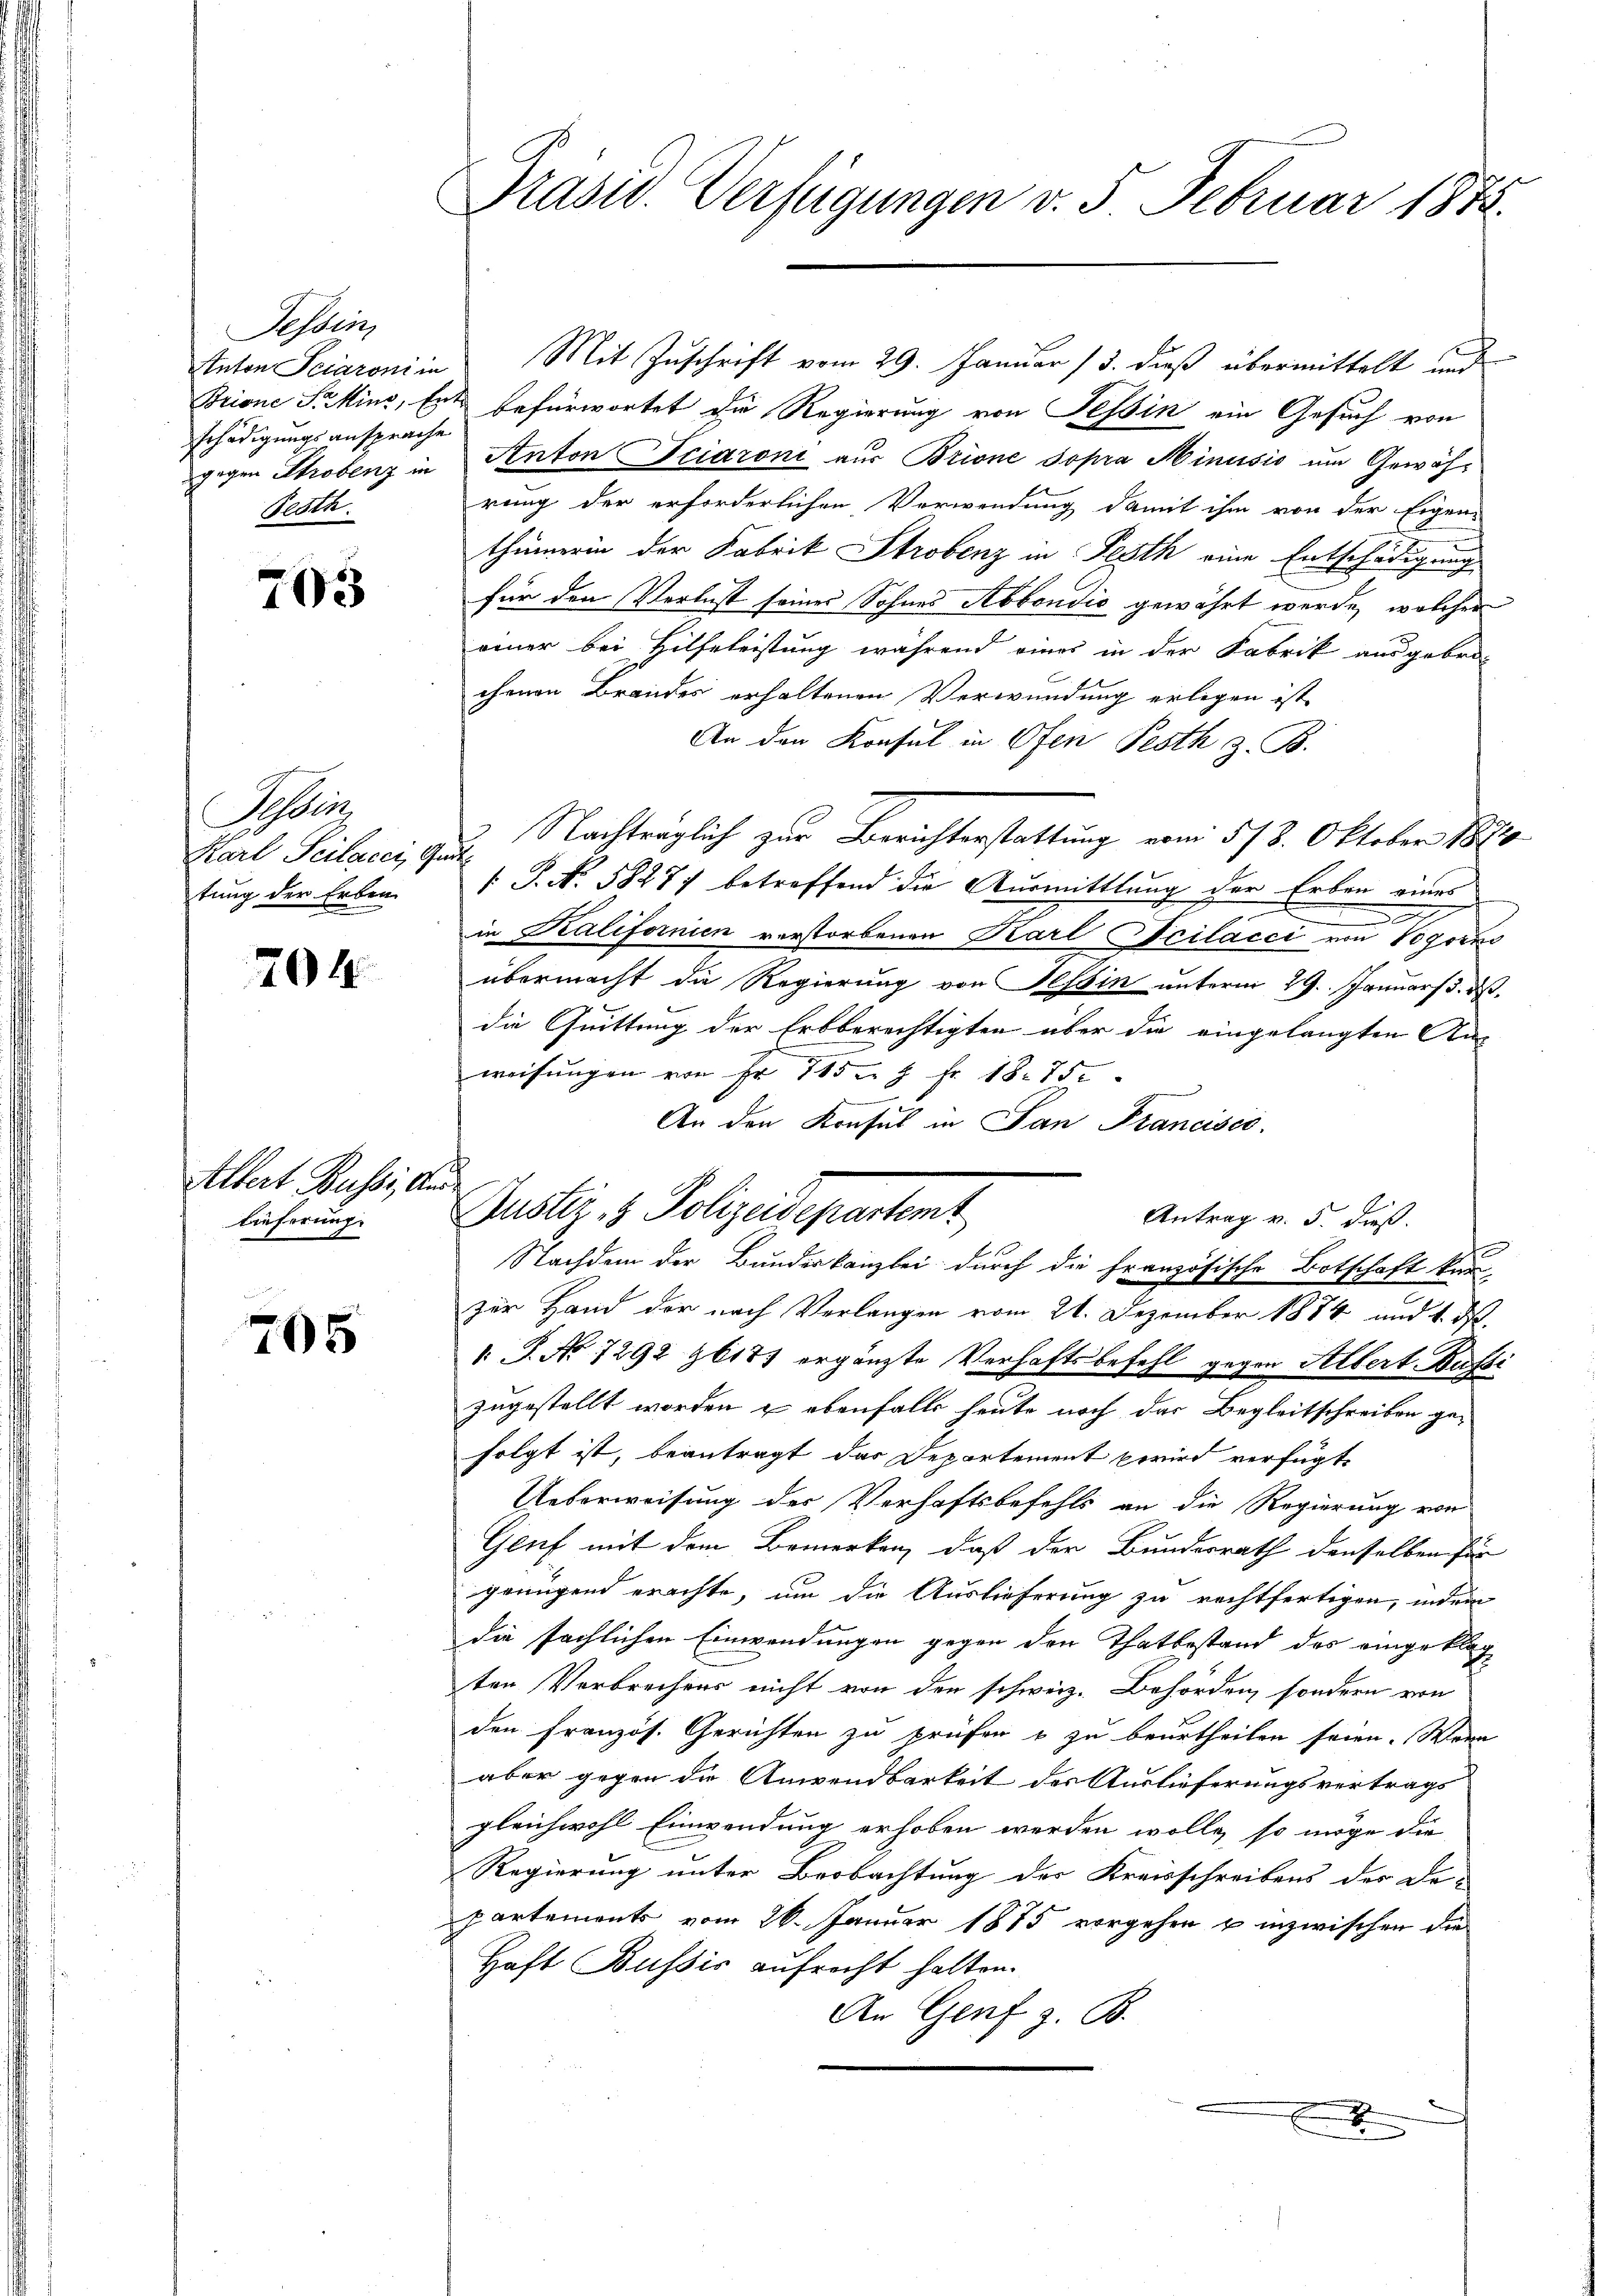
Tessin,
Anton Seiaroni in
Echädigungsansprache
gegen Strobenz in
Festh

703

Tessin,
Karl Peilacer, Garte
tung der Erben.

704

Albert Bussi, Aus
lieferung.

705

Präsid. Verfügungen v. 5. Februar 1873.

Mit Zuschrift vom 29. Januar 13. dieß übermittelt und
Brione Frikins, Ent befürwortet die Regierung von Tessin ein Gesuch von
Anton Teigroni aus Brione sopra Minusis um Gewährung der erforderlichen Verwendung damit ihm von der Eigen-
thümerin der Fabrik Strobenz in Festh eine Entschädigung
für den Verlust seines Sohnes Abbondić gewährt werde, welcher
einer bei Hilfeleistung während eines in der Fabrik ausgebro-
chenen Brandes erhaltenen Verwundung erlegen ist,
An den Konsul in Ofen Pesth z. B.
Nachträglich zur Berichterstattung vom 5/8. Oktober 1810
1 P. N. 5827) betreffend die Ausmittlung der Erben eines

in Kalifornien verstorbenen Karl Scilacci von 10 gen
übermacht die Regierung von Tessin unterm 29. Januars d. d.
die Quittung der Erbberechtigten über die eingelangten An-
weisungen von Fr. 785 n 2 Fr. 18. 75
An den Konsul in San Francisco
Antrag v. 5. dieß.
Nachdem der Bundeskanzlei durch die Französische Botschaft kan-
zur Hand der nach Verlangen vom 21. Dezember 1884 und 4. d.
1 S. No 7292 16177 ergänzte Verhaftsbefehl gegen Silbert. Bassi
zugestellt worden & ebenfalls heute noch das Begleitschreiben gefolgt ist, beantragt das Departement wird verfügte
Ueberweisung der Verhaftsbefehls an die Regierung von
Geuf mit dem Bemerken, daß der Bundesrath denselben für
gringend erachte, um die Auslieferung zu rechtfertigen, indem
die sächlichen Einwendungen gegen den Thatbestand des eingeklag
ten Verbrechens nicht von den schweiz. Behörden, sondern von
den französ. Gerichten zu prüfen u zu beurtheilen seien. Wenn
aber gegen die Anwendbarkeit der Auslieferungsvertrags
gleichwohl Einwendung erhoben werden wolle, so möge die
Regierung unter Beobachtung der Kreisschreibens der De-
partements vom 26. Januar 1875 vorgehen u. inzwischen die
Haft Bussis aufrecht halten.
An Genf z. B.
E

Justiz- & Polizeidepartemt